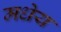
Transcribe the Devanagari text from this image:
मधेय